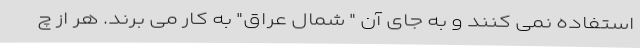
استفاده نمی کنند و به جای آن " شمال عراق" به کار می برند. هر از چ